Tartu_pedagoogiumi_aruanded, lk 6
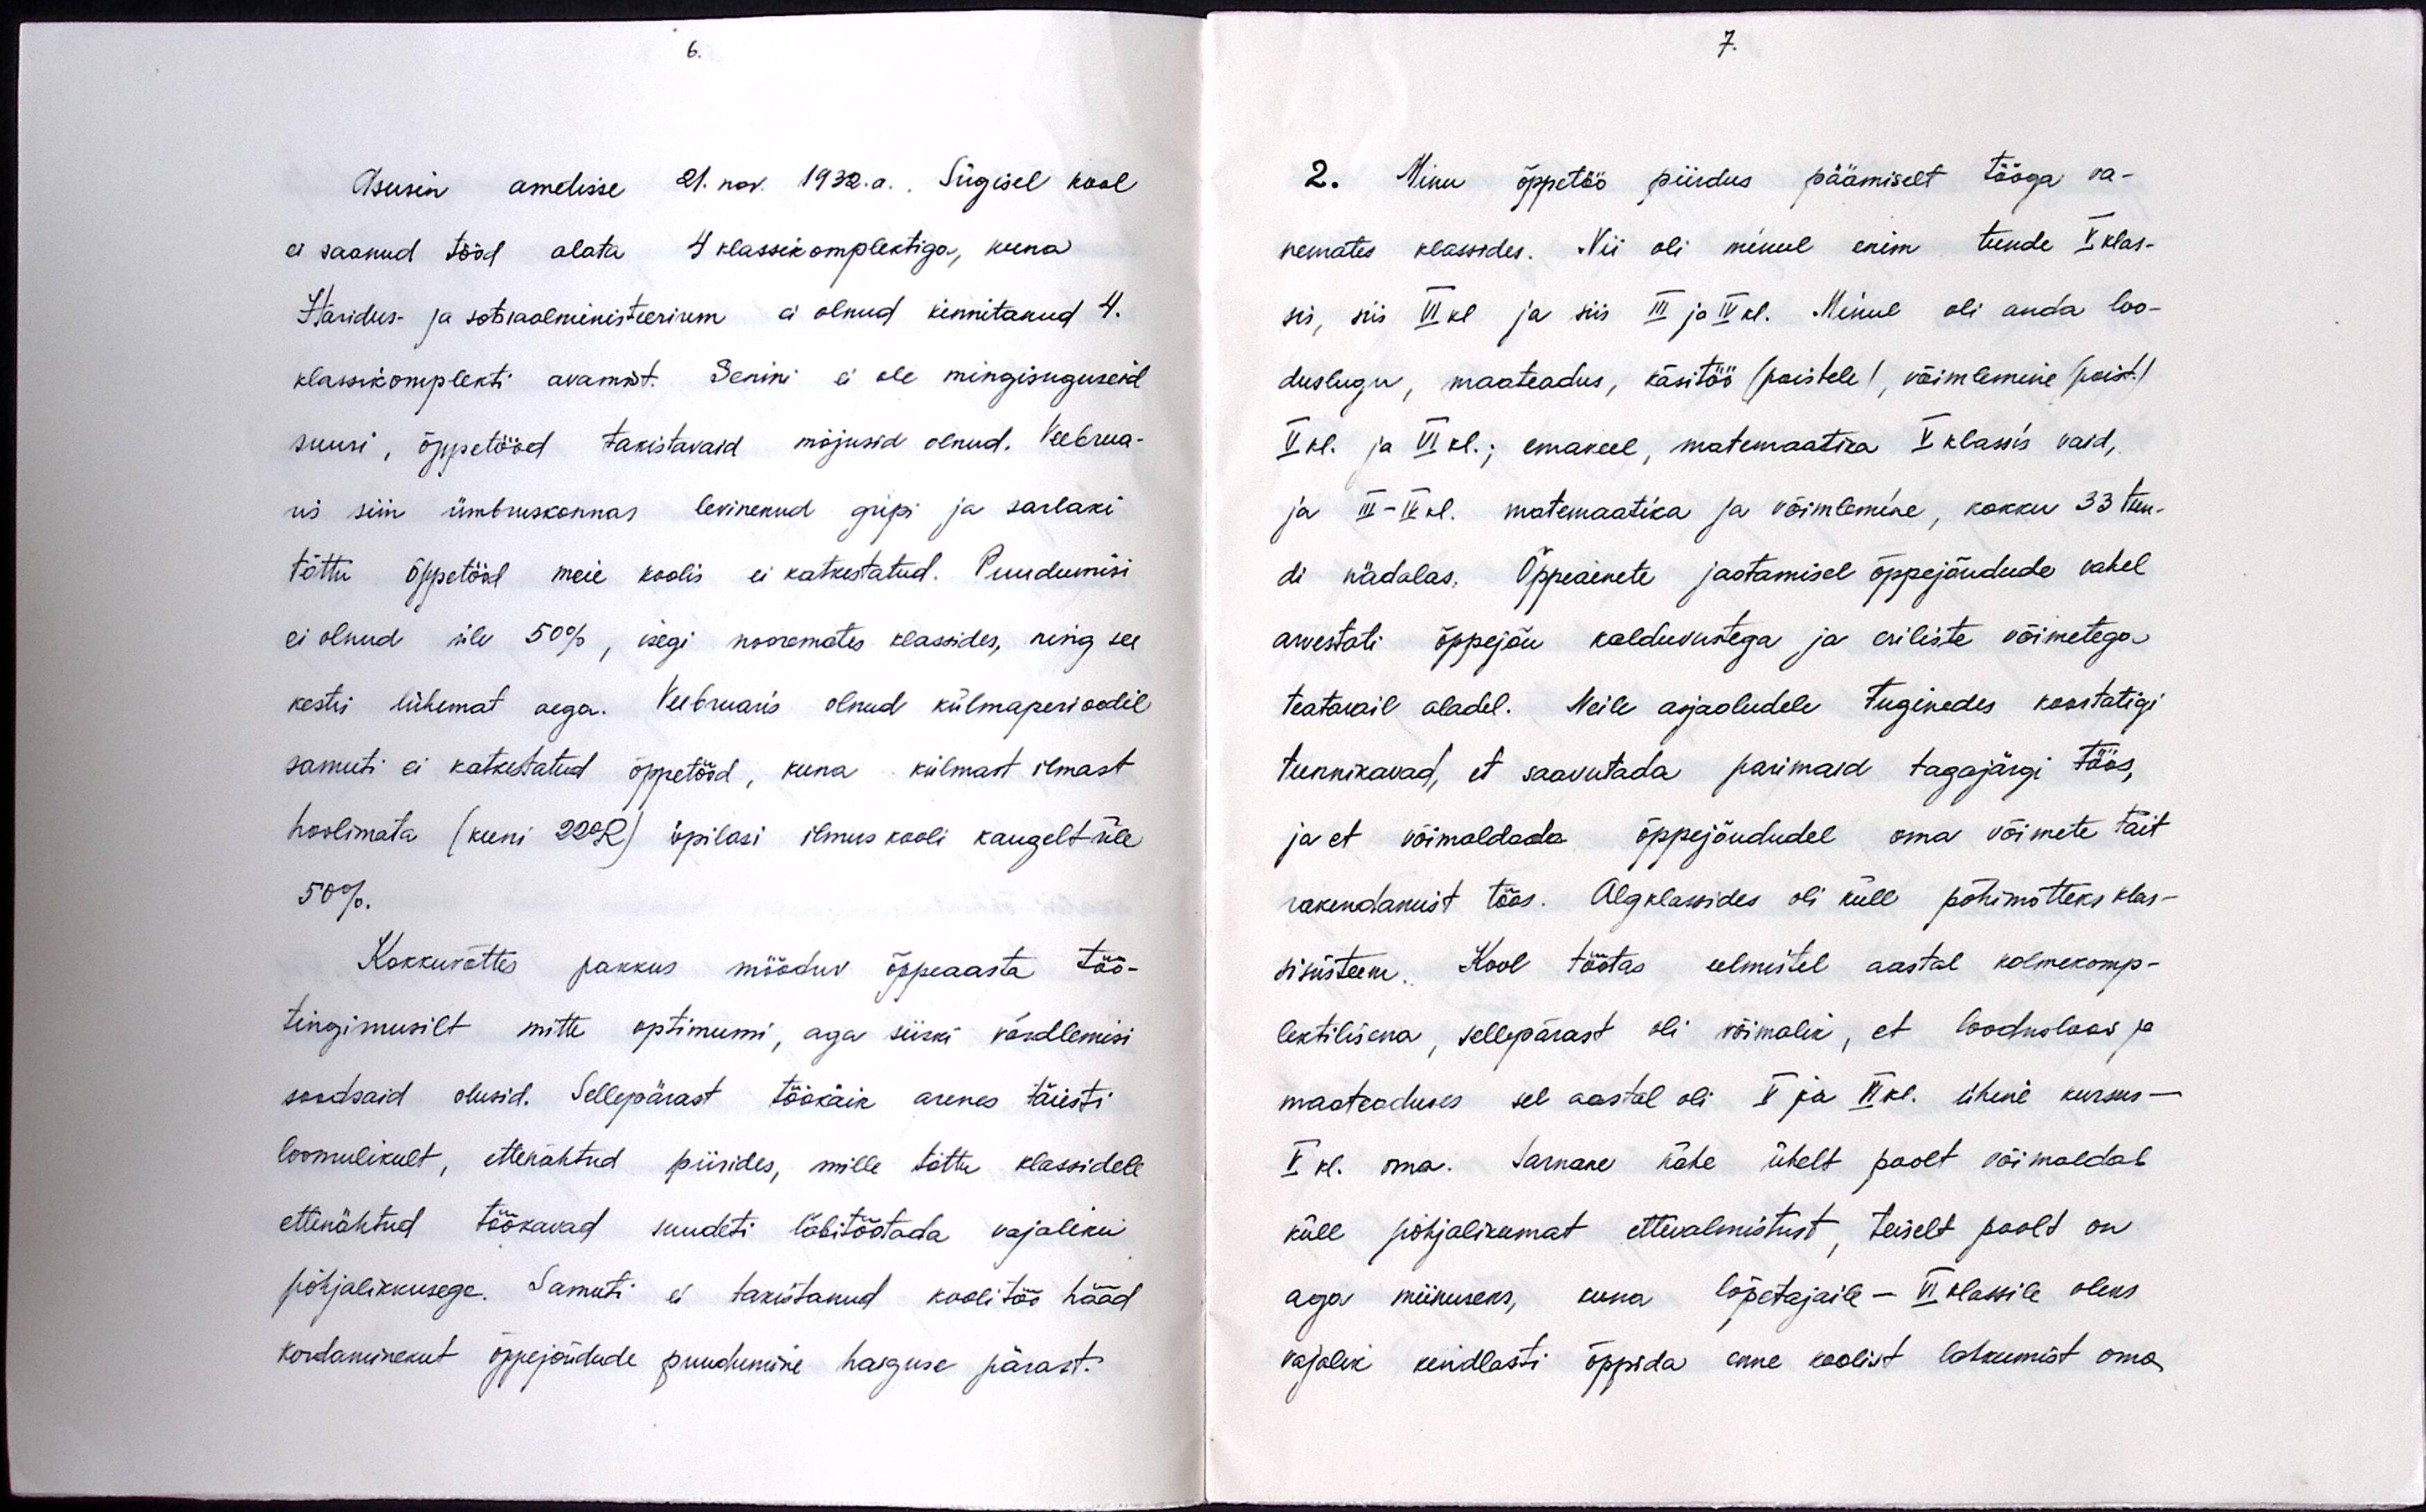
Asusin ametisse 21. nov. 1932.a. Sügisel kool
ei saanud tööd alata 4 klassikomplektiga, kuna
Haridus- ja sotsiaalministeerium ei olnud kinnitanud 4.
klassikomplekti avamist. Senini ei ole mingisuguseid
suuri, õppetööd takistavaid mõjusid olnud. Veebrua-
ris siin ümbruskonnas levinenud gipi ja sarlaki
tõttu õppetööd meie koolis ei katkestatud. Puudumisi
ei olnud üle 50%, isegi nooremates klassides, ning see
kestis lühemat aega. Veebruaris olnud külmaperioodil
samuti ei katkestatud õppetööd, kuna külmast ilmast
hoolimata (kuni 22 °R) õpilasi ilmuskooli kaugelt üle
50%.
Kokkuvõttes pakkus mööduv õppeaasta töö-
tingimusilt mitte optimumi, aga siiski võrdlemisi
soodsaid olusid. Sellepärast töökäik arenes täiesti
loomulikult, ettenähtud piirides, mille tõttu klassidele
ettenähtud töökavad suudeti läbitöötada vajaliku
põhjalikkusega. Samuti ei takistanud koolitöö hääd
kordaminekut õppejõudude puudumine haiguse pärast.

2. Minu õppetöö piirdus päämiselt tööga va-
nemates klassides. Nii oli minul enim tunde V. klas-
sis, siis VI kl ja siis III ja IV kl. Minul oli anda loo-
duslugu, maateadus, käsitöö (poistele), võimlemine (poist.)
V kl. ja VI kl.; emakeel, matemaatika V klassis vaid,
ja III-IV kl. matemaatika ja võimlemine, kokku 33 tun-
di nädalas. Õppeainete jaotamisel õppejõudude vahel
arvestati õppejõu kalduvustega ja eriliste võimetega
teatavail aladel. Neile asjaoludele tuginedes koostatigi
tunnikavad, et saavutada parimaid tagajärgi töös,
ja et võimaldada õppejõududel oma võimete täit-
rakendamist töös. Algklassides oli küll põhimõtteks klas-
sisüsteem. Kool töötas eelmistel aastal kolmekomp-
lektilisena, sellepärast oli võimalik, et loodusloos ja
maateaduses sel aastal oli V ja VI kl. ühine kursus -
V. k. oma. Sarnane nähe ühelt poolt võimaldab
küll põhjalikumat ettevalmistust, teiselt poolt on
aga miinuseks, kuna lõpetajaile - VI klassile oleks
vajalik kindlasti õppida enne koolist lahkumist oma